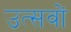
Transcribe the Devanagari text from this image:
उत्सवों